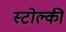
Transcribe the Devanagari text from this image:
स्टोल्की